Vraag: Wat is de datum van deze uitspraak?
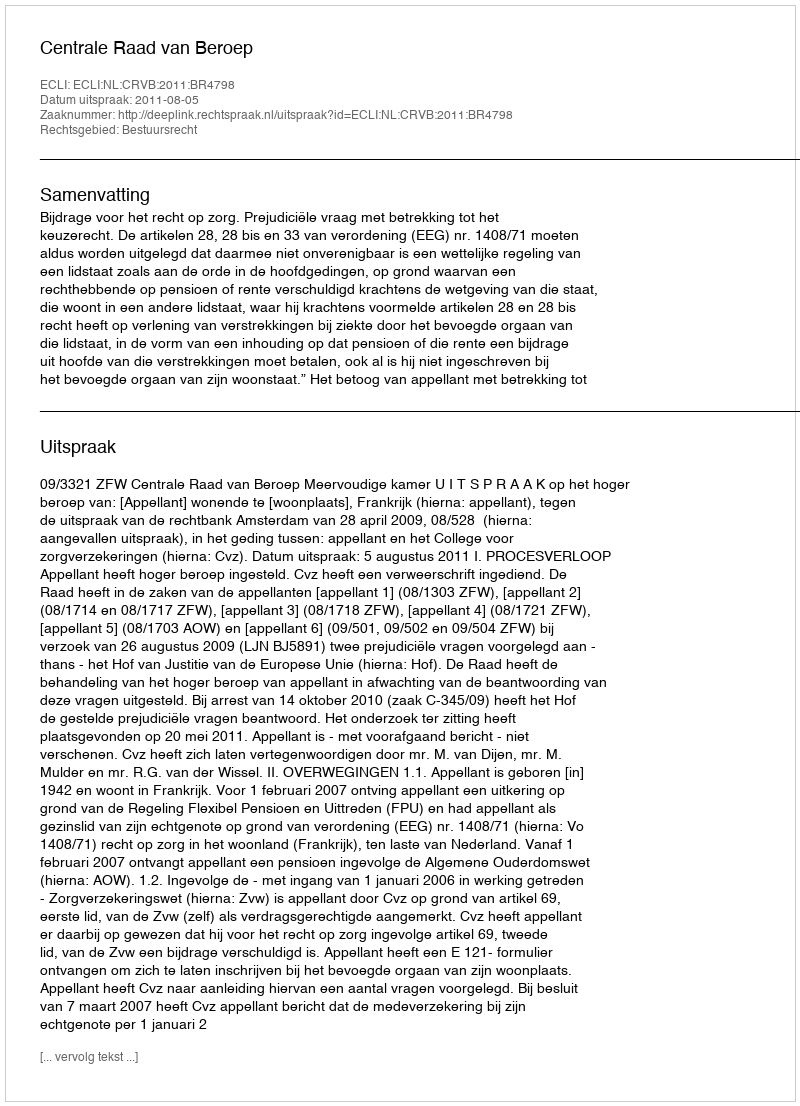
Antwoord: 2011-08-05